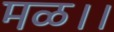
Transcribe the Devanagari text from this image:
मळ।।